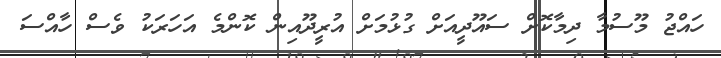
ހައްޖު މޫސުމާ ދިމާކޮށް ސައޫދީއަށް ގުޅުމަށް އުރީދޫއިން ކޮންމެ އަހަރަކު ވެސް ހާއްސަ